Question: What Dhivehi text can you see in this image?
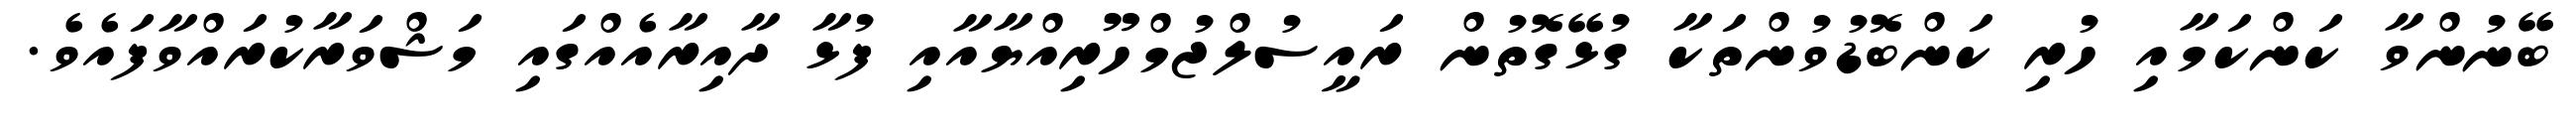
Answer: ބޭނުންވާ ކަންކަމާއި ހުރި ކަންބޮޑުވުންތަކާ ގުޅޭގޮތުން ރައީސުލްޖުމްހޫރިއްޔާއާއި ފުޅާ ދާއިރާއެއްގައި މަޝްވަރާކުރައްވާފައެވެ.